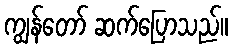
ကျွန်တော် ဆက်ပြောသည်။